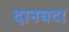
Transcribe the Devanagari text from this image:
दानघटा